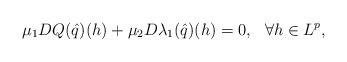
LaTeX: \begin{align*}\mu_1 DQ(\hat{q})(h)+\mu_2D\lambda_1(\hat{q})(h) =0,~~ \forall h \in L^p,\end{align*}